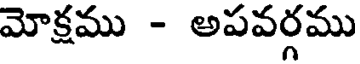
మోక్షము - అపవర్గము